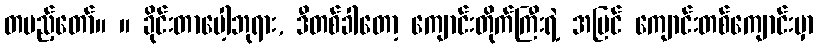
တပည့်တော်။ ။ ခိုင်းတာပေါ့ဘုရား, ဒီတစ်ခါတော့ ကျောင်းတိုက်ကြီးရဲ့ အပြင် ကျောင်းတစ်ကျောင်းမှာ